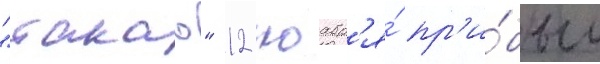
"такао" 12 ноабр'я́ пр'и́был